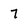
Character: 7